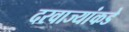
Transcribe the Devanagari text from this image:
दरवाज्यांकडे